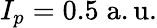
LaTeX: I_{p}=0.5\; \mathrm{a.u.}